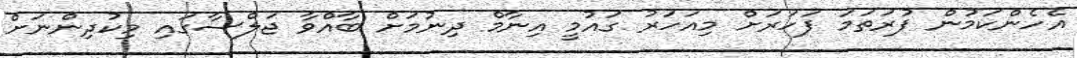
އެެހެންކަމުން ފުރަތަމަ ފަހަރަށް މިއަހަރު ގައުމީ އިނާމް ދިނުމަށް ބާއްވާ ޖަލްސާގައި މިކުދިންނަށް